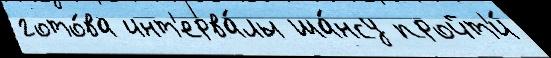
гото́ва инт'ерва́лы ша́нсу пройт'и́